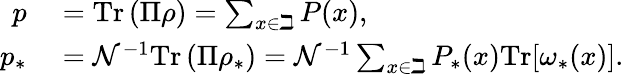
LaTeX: \begin{array}{rl}{p}&{{}=\mathrm{Tr}\left(\Pi\rho\right)=\sum_{x\in\beth}P(x),}\\ {p_{\ast}}&{{}=\mathcal{N}^{-1}\mathrm{Tr}\left(\Pi\rho_{\ast}\right)=\mathcal{N}^{-1}\sum_{x\in\beth}P_{\ast}(x)\mathrm{Tr}[\omega_{\ast}(x)].}\end{array}